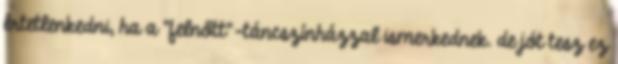
értetlenkedni, ha a "felnőtt"-táncszínházzal ismerkednek. de jót tesz ez